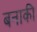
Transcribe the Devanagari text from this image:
बनाकी